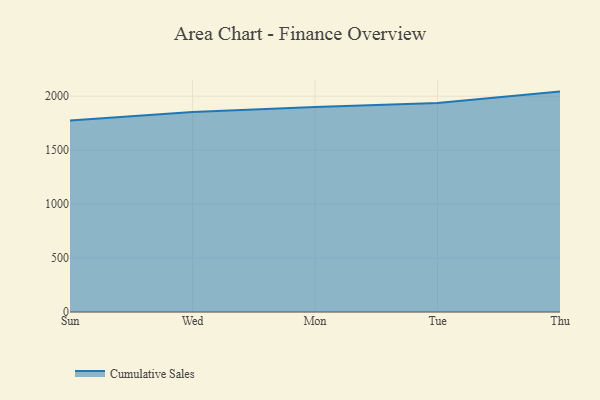
{"axis": {"x": "Day", "y": "Revenue (USD Million)"}, "legend": ["Cumulative Sales"], "data": [{"x": "Sun", "y": 1774.4, "type": "Cumulative Sales"}, {"x": "Wed", "y": 1854.1, "type": "Cumulative Sales"}, {"x": "Mon", "y": 1899.1, "type": "Cumulative Sales"}, {"x": "Tue", "y": 1937.0, "type": "Cumulative Sales"}, {"x": "Thu", "y": 2042.6, "type": "Cumulative Sales"}]}